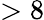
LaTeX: >8